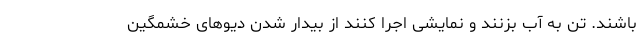
باشند. تن به آب بزنند و نمایشی اجرا کنند از بیدار شدن دیوهای خشمگین